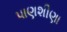
પાણશીણા